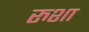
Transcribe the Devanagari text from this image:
रुशा